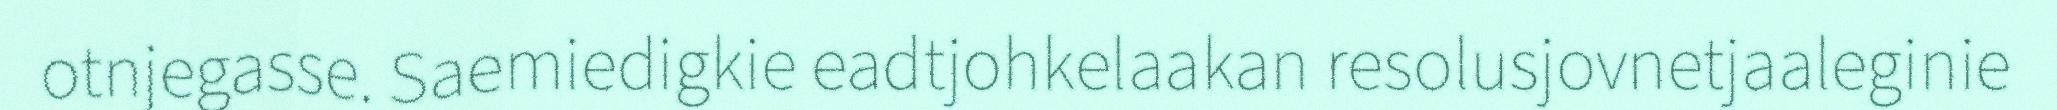
otnjegasse. Saemiedigkie eadtjohkelaakan resolusjovnetjaaleginie